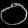
Digit: ၀